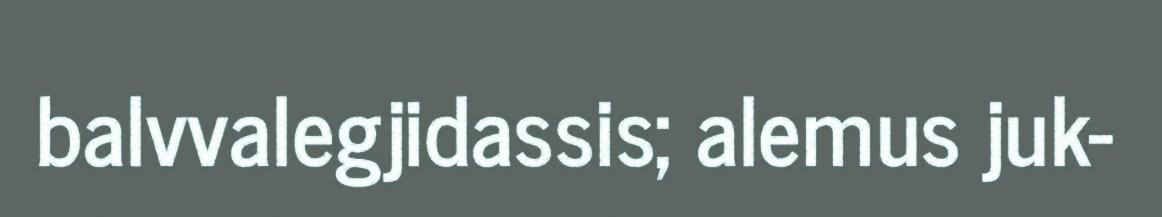
balvvalegjidassis; alemus juk-